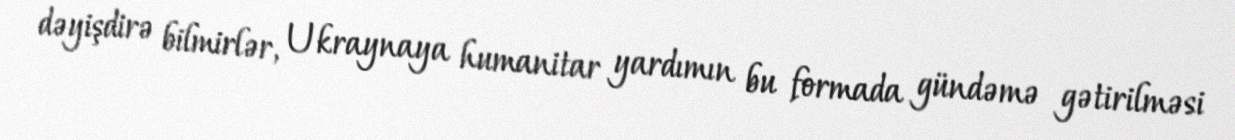
dəyişdirə bilmirlər, Ukraynaya humanitar yardımın bu formada gündəmə gətirilməsi